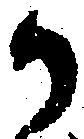
か